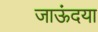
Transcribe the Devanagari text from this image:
जाऊंदया